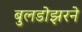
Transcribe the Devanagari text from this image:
बुलडोझरने